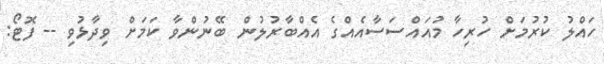
ހައްލު ކުރުމަށް ހުރިހާ މުއައްސަސާއެއްގެ އެއްބާރުލުން ބޭނުންވާ ކަމަށް ވިދާޅުވި -- ފޮޓޯ: